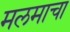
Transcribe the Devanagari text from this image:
मलमाचा